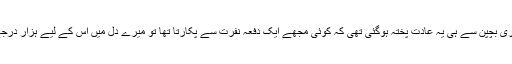
نجانے کیوں مگر میری بچپن سے ہی یہ عادت پختہ ہوگئی تھی کہ کوئی مجھے ایک دفعہ نفرت سے پکارتا تھا تو میرے دل میں اس کے لیے ہزار درجے نفرت پیدا ہوجاتی۔